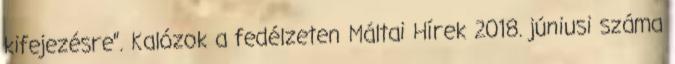
kifejezésre”. Kalózok a fedélzeten Máltai Hírek 2018. júniusi száma